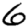
Digit: 6